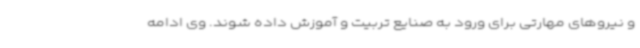
و نیروهای مهارتی برای ورود به صنایع تربیت و آموزش داده شوند. وی ادامه